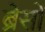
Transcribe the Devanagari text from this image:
ब्रेसों